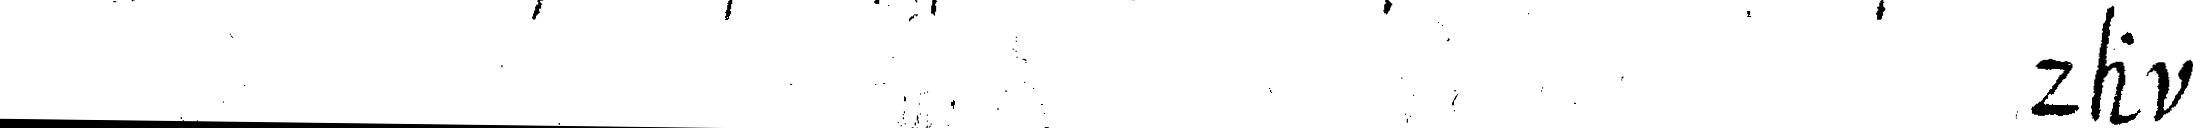
# da